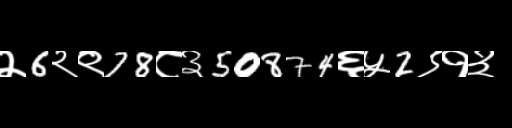
Text: २6२९78८३50874६५2९१३